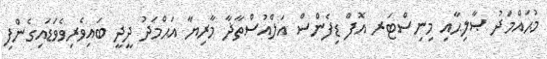
މުޙައްމަދު ޞާލިޙާއި މިނިސްޓަރ އޮފް ޑިފެންސް އަލްއުސްތާޛާ މާރިޔާ އަޙްމަދު ދީދީ ބައިވެރިވެވަޑައިގެންފި